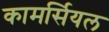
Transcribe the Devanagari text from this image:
कामर्सियल